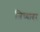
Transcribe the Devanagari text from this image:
जिच्यावर